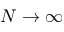
N \rightarrow \infty